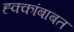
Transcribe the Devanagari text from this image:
ह्क्कांबाबत